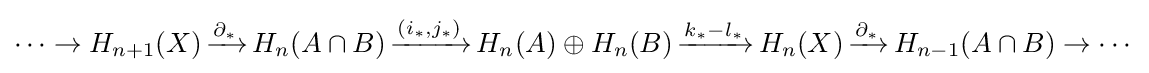
\cdots \to H_{n+1}(X)\,{\xrightarrow {\partial _{*}}}\,H_{n}(A\cap B)\,{\xrightarrow {(i_{*},j_{*})}}\,H_{n}(A)\oplus H_{n}(B)\,{\xrightarrow {k_{*}-l_{*}}}\,H_{n}(X)\,{\xrightarrow {\partial _{*}}}\,H_{n-1}(A\cap B)\to \cdots